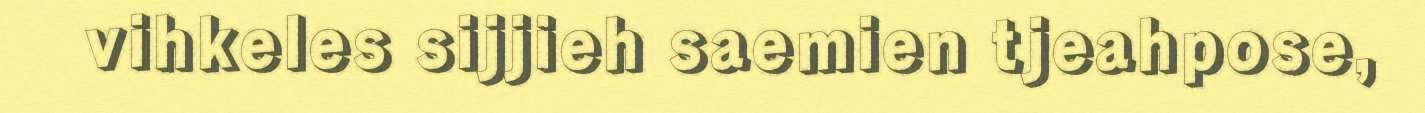
vihkeles sijjieh saemien tjeahpose,